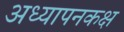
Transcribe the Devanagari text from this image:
अध्यापनकक्ष